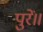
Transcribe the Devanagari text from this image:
पुरें॥